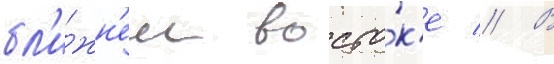
бл'и́жн'ем восто́к'е // В